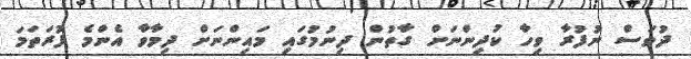
ދުވަސް ނުފުރާ ވިހާ ކުދިންނަށް ގާތުން ދިނުމުގައި މައިންނަށް ދިމާވާ އެންމެ ފުރަތަމަ